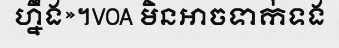
ហ្នឹង»។VOA មិនអាចទាក់ទង